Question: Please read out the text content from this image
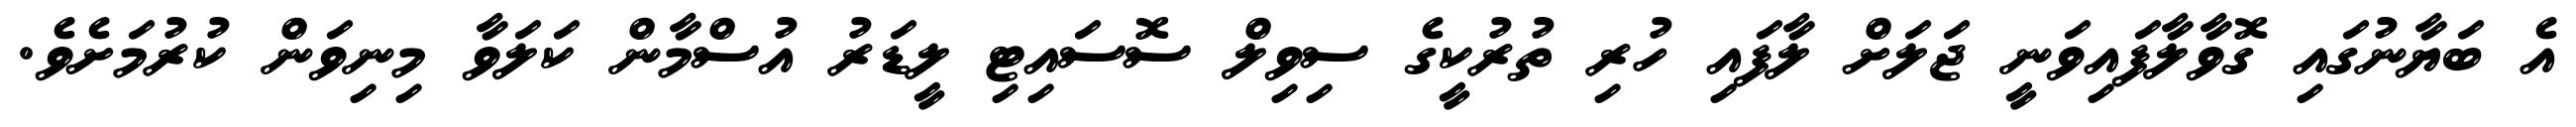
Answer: އެ ބަޔާނުގައި ގޮވާލާފައިވަނީ ޖަލަށް ލާފައި ހުރި ތުރުކީގެ ސިވިލް ސޮސައިޓި ލީޑަރު އުސްމާން ކަލަވާ މިނިވަން ކުރުމަށެވެ.